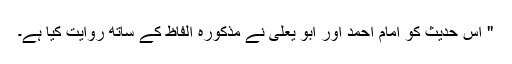
'' اِس حدیث کو امام احمد اور ابو یعلی نے مذکورہ الفاظ کے ساتھ روایت کیا ہے۔